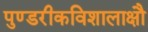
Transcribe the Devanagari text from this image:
पुण्डरीकविशालाक्षौ